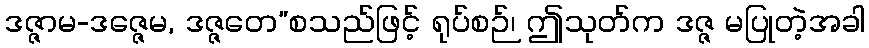
ဒဇ္ဇာမ-ဒဇ္ဇေမ, ဒဇ္ဇတေ”စသည်ဖြင့် ရုပ်စဉ်၊ ဤသုတ်က ဒဇ္ဇ မပြုတဲ့အခါ